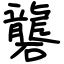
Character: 礱